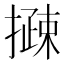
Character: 𢵽